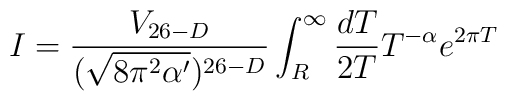
I = \frac{V_{26-D}}{(\sqrt{8\pi^{2} \alpha'})^{26-D}} \int_{R}^{\infty} \frac{dT}{2T} T^{-\alpha} e^{2\pi T}